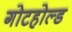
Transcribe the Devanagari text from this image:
गोटहोल्ड